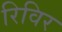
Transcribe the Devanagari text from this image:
रिविर